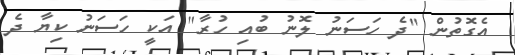
އެގޮތުން "ދެ ހަސަނު ލޮނު ބުއި ހުރާ" އަކީ ހަސަނު ކިޔާ ދެ